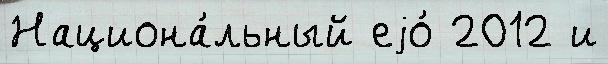
Национа́льный еjо́ 2012 и